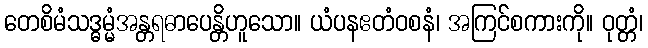
တေစိမံသဒ္ဓမ္မံအန္တရဓာပေန္တိဟူသော။ ယံပနဧတံဝစနံ၊ အကြင်စကားကို။ ဝုတ္တံ၊